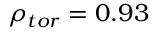
\rho _ { t o r } = 0 . 9 3